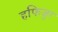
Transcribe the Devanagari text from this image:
हफिजुर